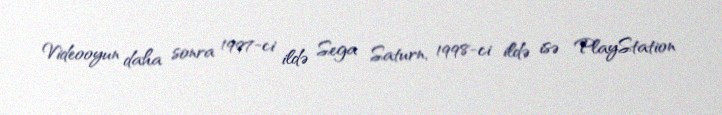
Videooyun daha sonra 1997-ci ildə Sega Saturn, 1998-ci ildə isə PlayStation